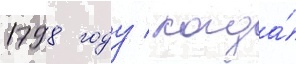
1798 году / когда́